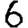
Digit: 6